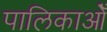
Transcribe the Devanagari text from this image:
पालिकाओँ